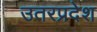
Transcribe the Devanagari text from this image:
उतरप्रदेश